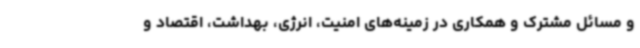
و مسائل مشترک و همکاری در زمینه‌های امنیت، انرژی، بهداشت، اقتصاد و